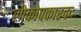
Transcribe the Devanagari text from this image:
लोकोपकारकः